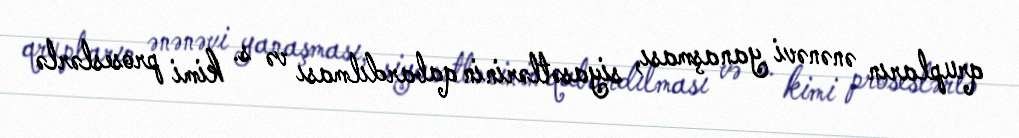
qrupların ənənəvi yanaşması, siyasətlərinin qabardılması və s. kimi proseslərlə